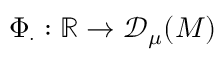
\Phi _ { \cdot } : \mathbb { R } \to { \mathscr { D } _ { \mu } ( M ) }